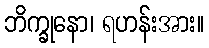
ဘိက္ခုနော၊ ရဟန်းအား။